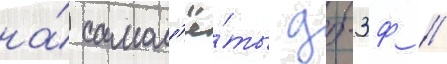
на́ самол'ё́ты дб-3ф //